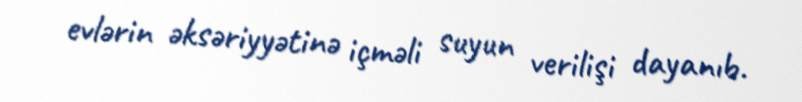
evlərin əksəriyyətinə içməli suyun verilişi dayanıb.